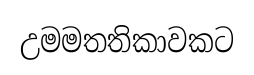
උමමතතිකාවකට